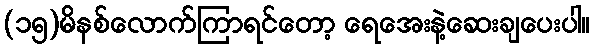
(၁၅)မိနစ်လောက်ကြာရင်တော့ ရေအေးနဲ့ဆေးချပေးပါ။